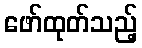
ဖော်ထုတ်သည့်